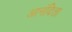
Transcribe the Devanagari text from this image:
आनंदिता